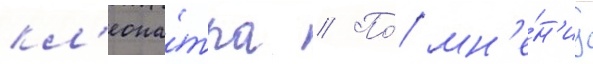
кл'еопа́тра // По́ мн'е́н'иу